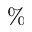
\%